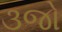
૩જો